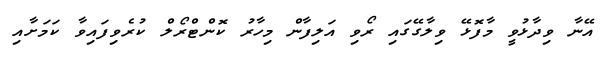
އޭނާ ވިދާޅުވީ މާފޮޅޭ ވިލާގޭގައި ރޯވި އަލިފާން މިހާރު ކޮންޓްރޯލް ކުރެވިފައިވާ ކަމަށާއި